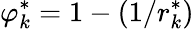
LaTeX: \varphi_{k}^{\ast}=1-(1/r_{k}^{\ast})